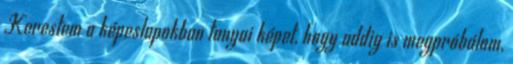
Kerestem a képeslapokban tanyai képet, hogy addig is megpróbálom,